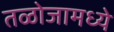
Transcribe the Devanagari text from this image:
तळोजामध्ये